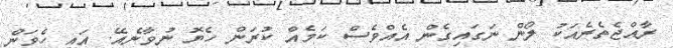
ރާއްޖެތެރެއަކު ލޯން ނަގައިގެން އެއްވެސް ކަމެއް ކުރަން ހެޔޮ ނުވާނެއޭ. އައި ހެވަން